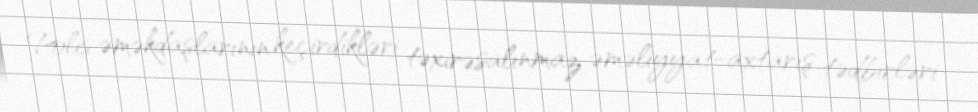
Polis əməkdaşlarının keçirdikləri təxirəsalınmaz əməliyyat-axtarış tədbirləri